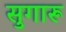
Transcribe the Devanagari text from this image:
सुगारू